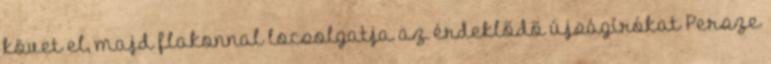
követ el, majd flakonnal locsolgatja az érdeklődő újságírókat Persze